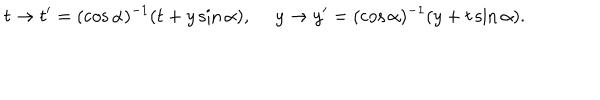
t \to t ^ { \prime } = ( \cos \alpha ) ^ { - 1 } ( t + y \sin \alpha ) , \ y \to y ^ { \prime } = ( \cos \alpha ) ^ { - 1 } ( y + t \sin \alpha ) .